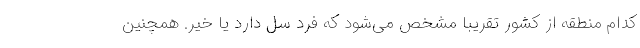
کدام منطقه از کشور تقریبا مشخص می‌شود که فرد سل دارد یا خیر. همچنین